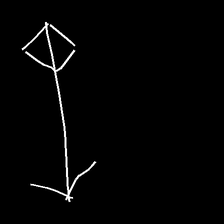
Glyph: focus